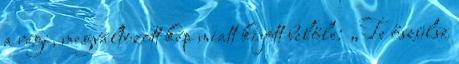
a régi, megváltozott kép miatt kijött belőle: „Te őszülsz